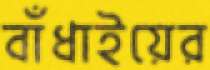
বাঁধাইয়ের